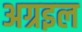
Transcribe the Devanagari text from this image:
अग्रइल